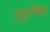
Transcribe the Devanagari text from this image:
संगुम्फित